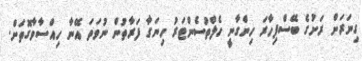
ގިނަރަށް ރަށުގެ ބޭސްފިހާރަ ހިންގާނީ ހެލްތުސެންޓަރު ހިނަގާ ފަރާތުން ނުވަތަ އޭނާ ހިއްސާވާގޮތަށް.